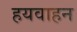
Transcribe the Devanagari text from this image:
हयवाहन